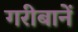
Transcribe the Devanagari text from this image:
गरीबानें